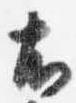
右